Annual report on the mental hospital in the Central Provinces and Berar (Nagpur) - 1927-1951
Year: 1927
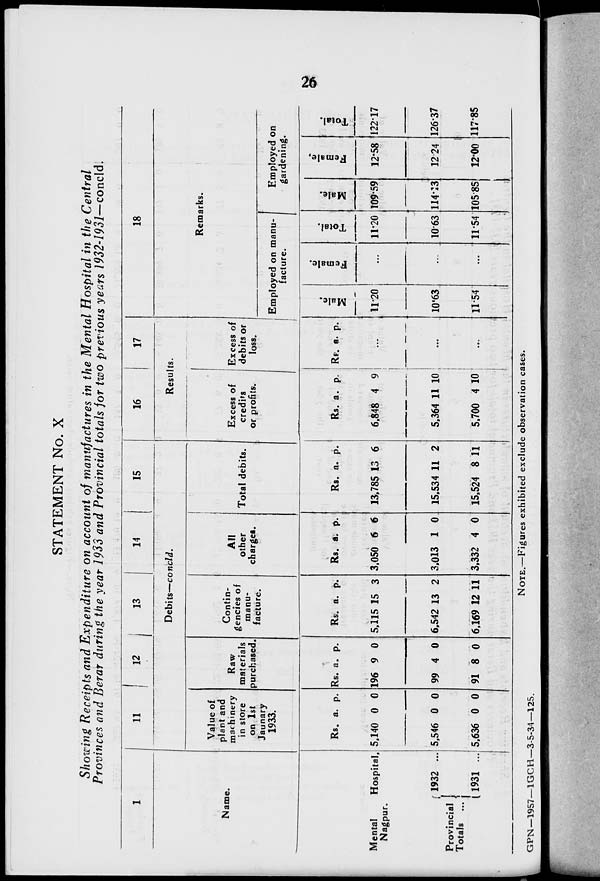
26
STATEMENT No. X
Showing Receipts and Expenditure on account of manufactures in the Mental Hospital in the Central
Provinces and Berar during the year 1933 and Provincial totals for two previous years 1932-1931—concld.
1
Name.
Mental
Hospital,
Nagpur.
Provincial
Totals ...
1932 ...
1931 ...
11
12 13
14
15
Debits—concld.
Value of
plant and
machinery
in store
on 1st
January
1933.
Rs.
5,140
5,546
5,636
a.
0
0
0
p.
0
0
0
Raw
materials
purchased.
Rs.
196
99
91
a.
9
4
8
p.
0
0
0
Contin-
gencies of
manu-
facture.
Rs.
5,115
6,542
6,169
a.
15
13
12
p.
3
2
11
All
other
charges.
Rs.
3,050
3,013
3,332
a.
6
1
4
p.
6
0
0
Total debits.
Rs.
13,785
15,534
15,524
a.
13
11
8
p.
6
2
11
16
17
Results.
Excess of
credits
or profits.
Rs.
6.848
5,364
5,700
a.
4
11
4
p.
9
10
10
Excess of
debits or
loss.
Rs. a. p.
...
...
...
18
Remarks.
Employed on manu-
facture.
Male.
11.20
10.63
11.54
Female.
...
...
...
Total.
11.20
10.63
11.54
Employed on
gardening.
Male.
109.59
114.13
105.85
Female.
12.58
12.24
12.00
Total.
122.17
126.37
117.85
NOTE.—Figures exhibited exclude observation cases.
GPN-1957—1GCH—3-5-34—125.